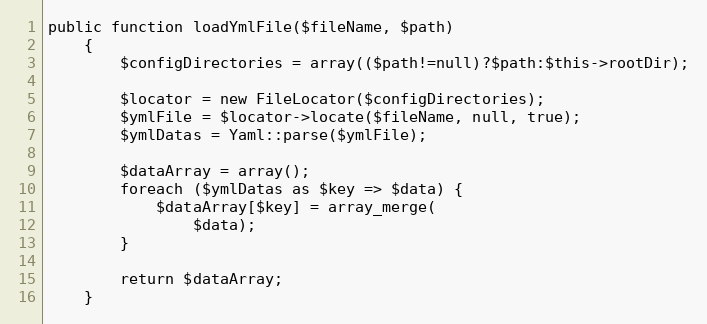
Language: PHP
public function loadYmlFile($fileName, $path)
    {
        $configDirectories = array(($path!=null)?$path:$this->rootDir);

        $locator = new FileLocator($configDirectories);
        $ymlFile = $locator->locate($fileName, null, true);
        $ymlDatas = Yaml::parse($ymlFile);

        $dataArray = array();
        foreach ($ymlDatas as $key => $data) {
            $dataArray[$key] = array_merge(
                $data);
        }

        return $dataArray;
    }